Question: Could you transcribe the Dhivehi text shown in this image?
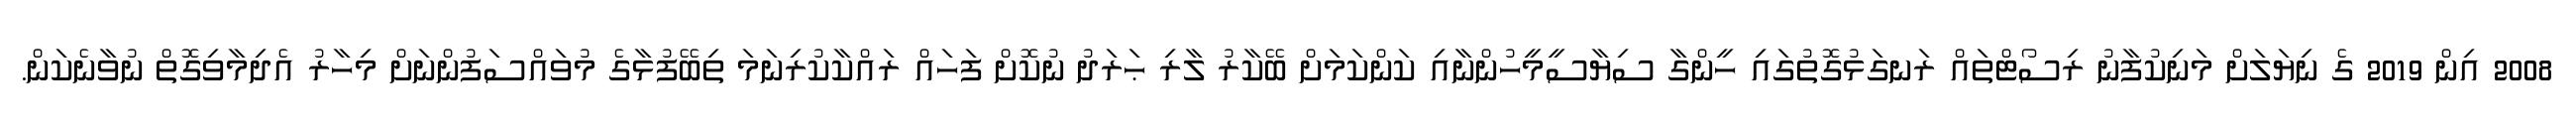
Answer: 2008 އިން 2019 ގެ ނިޔަލަށް މަނިކުފާނު ރިސޯޓްތައް ރަނގަޅުގޮތުގައި ހީންގާ ސިޔާސީމީހުންނާއި ކަންކަމަށް ބޭކާރު ލާރި ޙަރަދު ނުކޮށް ފަހައް ރައްކާކުރިނަމަ ތިބޭފުޅާގެ މުވައްސަފުންނަށް މިހާރު އެދިމާވިގޮތް ނުވާނެކަން.